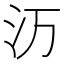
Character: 𬇕